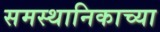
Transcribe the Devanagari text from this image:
समस्थानिकाच्या